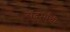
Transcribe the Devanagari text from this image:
संदर्भाची